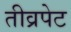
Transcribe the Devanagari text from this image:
तीव्रपेट